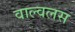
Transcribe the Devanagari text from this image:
वाल्वलस